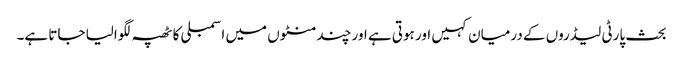
بحث پارٹی لیڈروں کے درمیان کہیں اور ہوتی ہے اور چند منٹوں میں اسمبلی کا ٹھپہ لگوالیا جاتا ہے۔